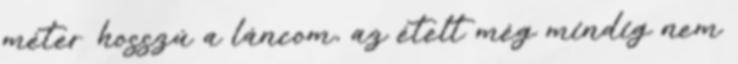
méter hosszú a láncom, az ételt még mindig nem